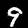
Digit: 9